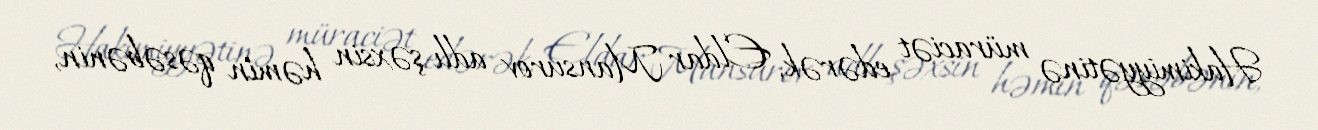
Hakimiyyətinə müraciət edərək, Eldar Mansurov adlı şəxsin həmin qəsəbənin,